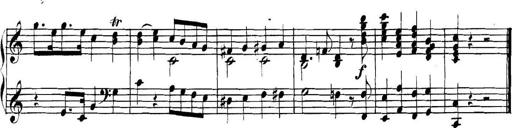
Title: Collected Piano Sonatas
Composer: Muzio Clementi